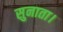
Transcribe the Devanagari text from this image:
सुनाता।